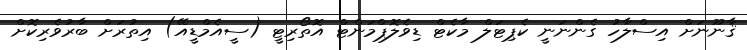
ޤާނޫނަށް އިސްލާހު ގެންނަނީ ކެޕިޓަލް މާކެޓް ޑިވެލޮޕްމަންޓް އޮތޯރިޓީ (ސީއެމްޑީއޭ) އިތުރަށް ބާރުވެރިކޮށް